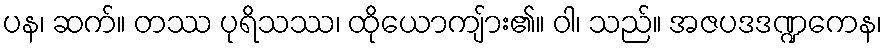
ပန၊ ဆက်။ တဿ ပုရိသဿ၊ ထိုယောကျ်ား၏။ ဝါ၊ သည်။ အဇပဒဒဏ္ဍကေန၊